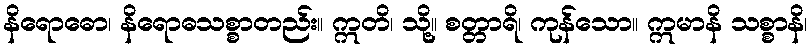
နိရောဓော၊ နိရောဓသစ္စာတည်း။ ဣတိ၊ သို့။ စတ္တာရိ၊ ကုန်သော။ ဣမာနိ သစ္စာနိ၊